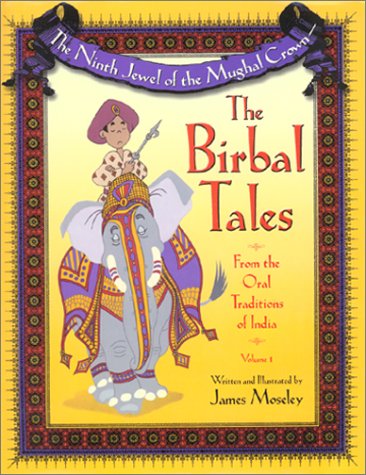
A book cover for The Ninth Jewel of the Mughal Crown: The Birbal Tales from the Oral Traditions of India; James Moseley; Children's Books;